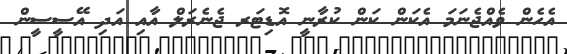
އެހެން ވެއްޖެނަމަ އެކަން ކަން ކުރާނީ އޮޑިޓަރ ޖެނެރަލް އާއި އަދި އޭސީސީން